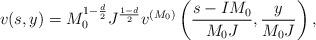
LaTeX: \begin{align*} v(s, y) = M_0^{1 - \frac{d}{2}} J^{\frac{1-d}{2}} v^{(M_0)}\left(\frac{s - IM_0}{M_0J}, \frac{y}{M_0J}\right),\end{align*}